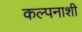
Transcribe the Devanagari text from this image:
कल्पनाशी